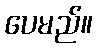
ပေမည်။